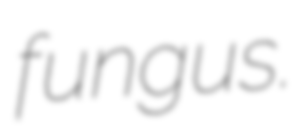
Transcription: fungus.